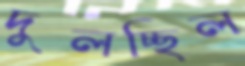
দুলচ্ছিল